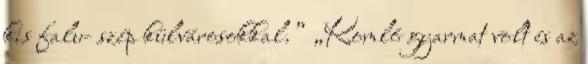
kis falu- szép külvárosokkal.” „Komló gyarmat volt és az